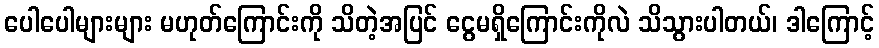
ပေါပေါများများ မဟုတ်ကြောင်းကို သိတဲ့အပြင် ငွေမရှိကြောင်းကိုလဲ သိသွားပါတယ်၊ ဒါကြောင့်